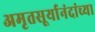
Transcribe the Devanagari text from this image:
अमृतसूर्यानंदांच्या